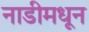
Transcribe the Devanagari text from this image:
नाडीमधून